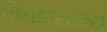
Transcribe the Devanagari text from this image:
विचारसाम्य